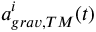
a _ { g r a v , T M } ^ { i } ( t )